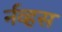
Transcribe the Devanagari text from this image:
र्नव्हस